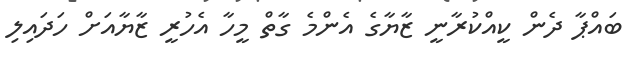
ބައްޕާ ދެން ކީއްކުރާނީ ޒާޔާގެ އެންމެ ގާތް މީހާ އެހުރީ ޒާޔާއަށް ހަދައިލި